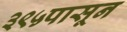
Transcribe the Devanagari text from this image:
३९५पासून